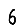
Digit: 6